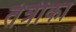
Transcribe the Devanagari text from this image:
तंत्रीका